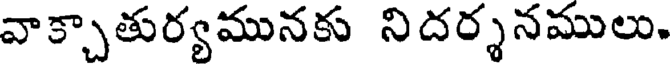
వాక్చాతుర్యమునకు నిదర్శనములు.